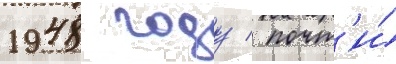
1948 году / почт'и́